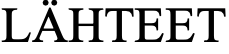
LÄHTEET